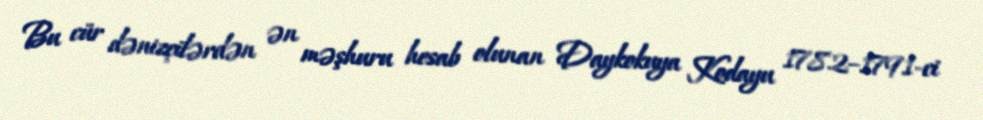
Bu cür dənizçilərdən ən məşhuru hesab olunan Daykokuya Kodayu 1782–1791-ci